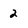
Character: 2